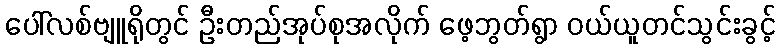
ပေါ်လစ်ဗျူရိုတွင် ဦးတည်အုပ်စုအလိုက် ဖေ့ဘွတ်ရွာ ဝယ်ယူတင်သွင်းခွင့်